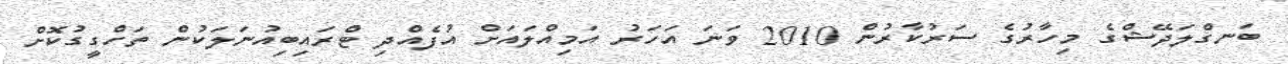
ބަނގްލަދޭޝްގެ މިހާރުގެ ސަރުކާރުން 2010 ވަނަ އަހަރު އަމިއްލައަށް އުފެއްދި ޓްރައިބިއުނަލަކުން ތަހްގީގުކޮށް